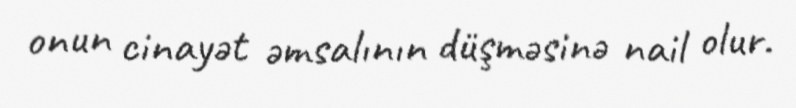
onun cinayət əmsalının düşməsinə nail olur.